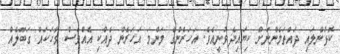
ކޮޅުންލައި ދައްތަމެންނަށް ކިޔައިދެވުނީއެވެ. އަހަރެންގެ މަންމަ އަހަރެން ދެއްކި އެއްވެސް ވާހަކައް ގަބޫލެއް